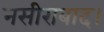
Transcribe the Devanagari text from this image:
नसीराबाद।